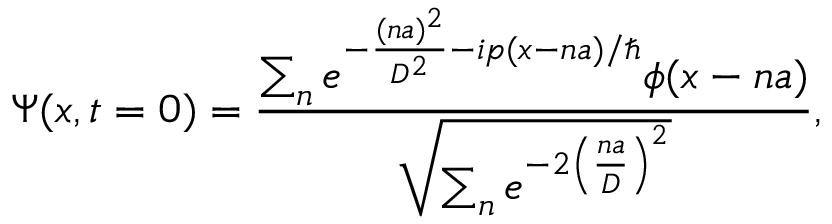
\Psi ( x , t = 0 ) = \frac { \sum _ { n } e ^ { - \frac { ( n a ) ^ { 2 } } { D ^ { 2 } } - i p ( x - n a ) / \hbar } \phi ( x - n a ) } { \sqrt { \sum _ { n } e ^ { - 2 \left( \frac { n a } { D } \right) ^ { 2 } } } } ,